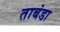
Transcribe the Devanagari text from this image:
ताबंडा